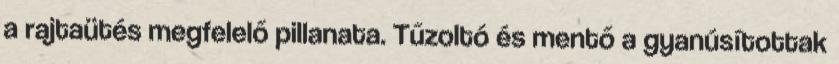
a rajtaütés megfelelő pillanata. Tűzoltó és mentő a gyanúsítottak